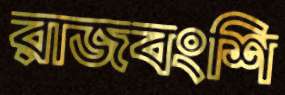
রাজবংশি